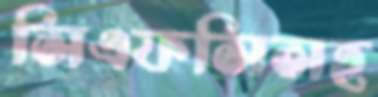
সিএফসিসহ